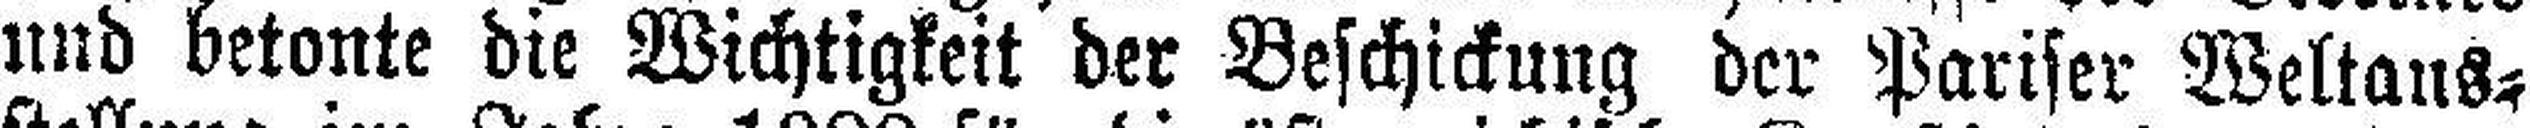
und betonte die Wichtigkeit der Beschickung der Pariser Weltans¬